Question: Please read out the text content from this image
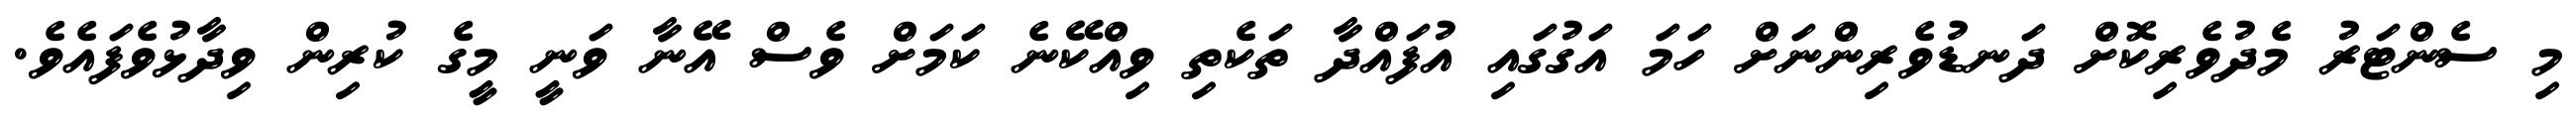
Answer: މި ސެންޓަރު މެދުވެރިކޮށް ދަނޑުވެރިންނަށް ހަމަ އަގުގައި އުފައްދާ ތަކެތި ވިއްކޭނެ ކަމަށް ވެސް އޭނާ ވަނީ މީގެ ކުރިން ވިދާޅުވެފައެވެ.